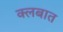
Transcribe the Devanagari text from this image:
क्लबात